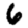
Digit: 6